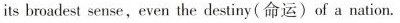
its broadest sense,even the destiny(命运)of a nation.